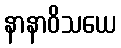
နာနာဝိသယေ